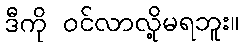
ဒီကို ဝင်လာလို့မရဘူး။